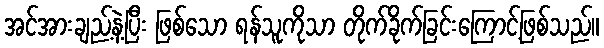
အင်အားချည့်နဲ့ပြီး ဖြစ်သော ရန်သူကိုသာ တိုက်ခိုက်ခြင်းကြောင့်ဖြစ်သည်။